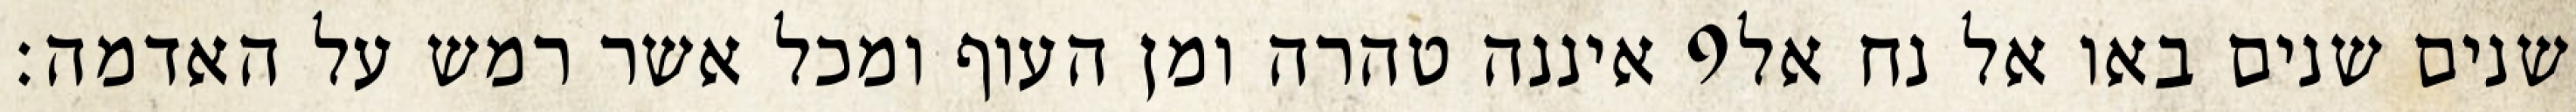
איננה טהרה ומן העוף ומכל אשר רמש על האדמה׃ ‎9‏ שנים שנים באו אל נח אל